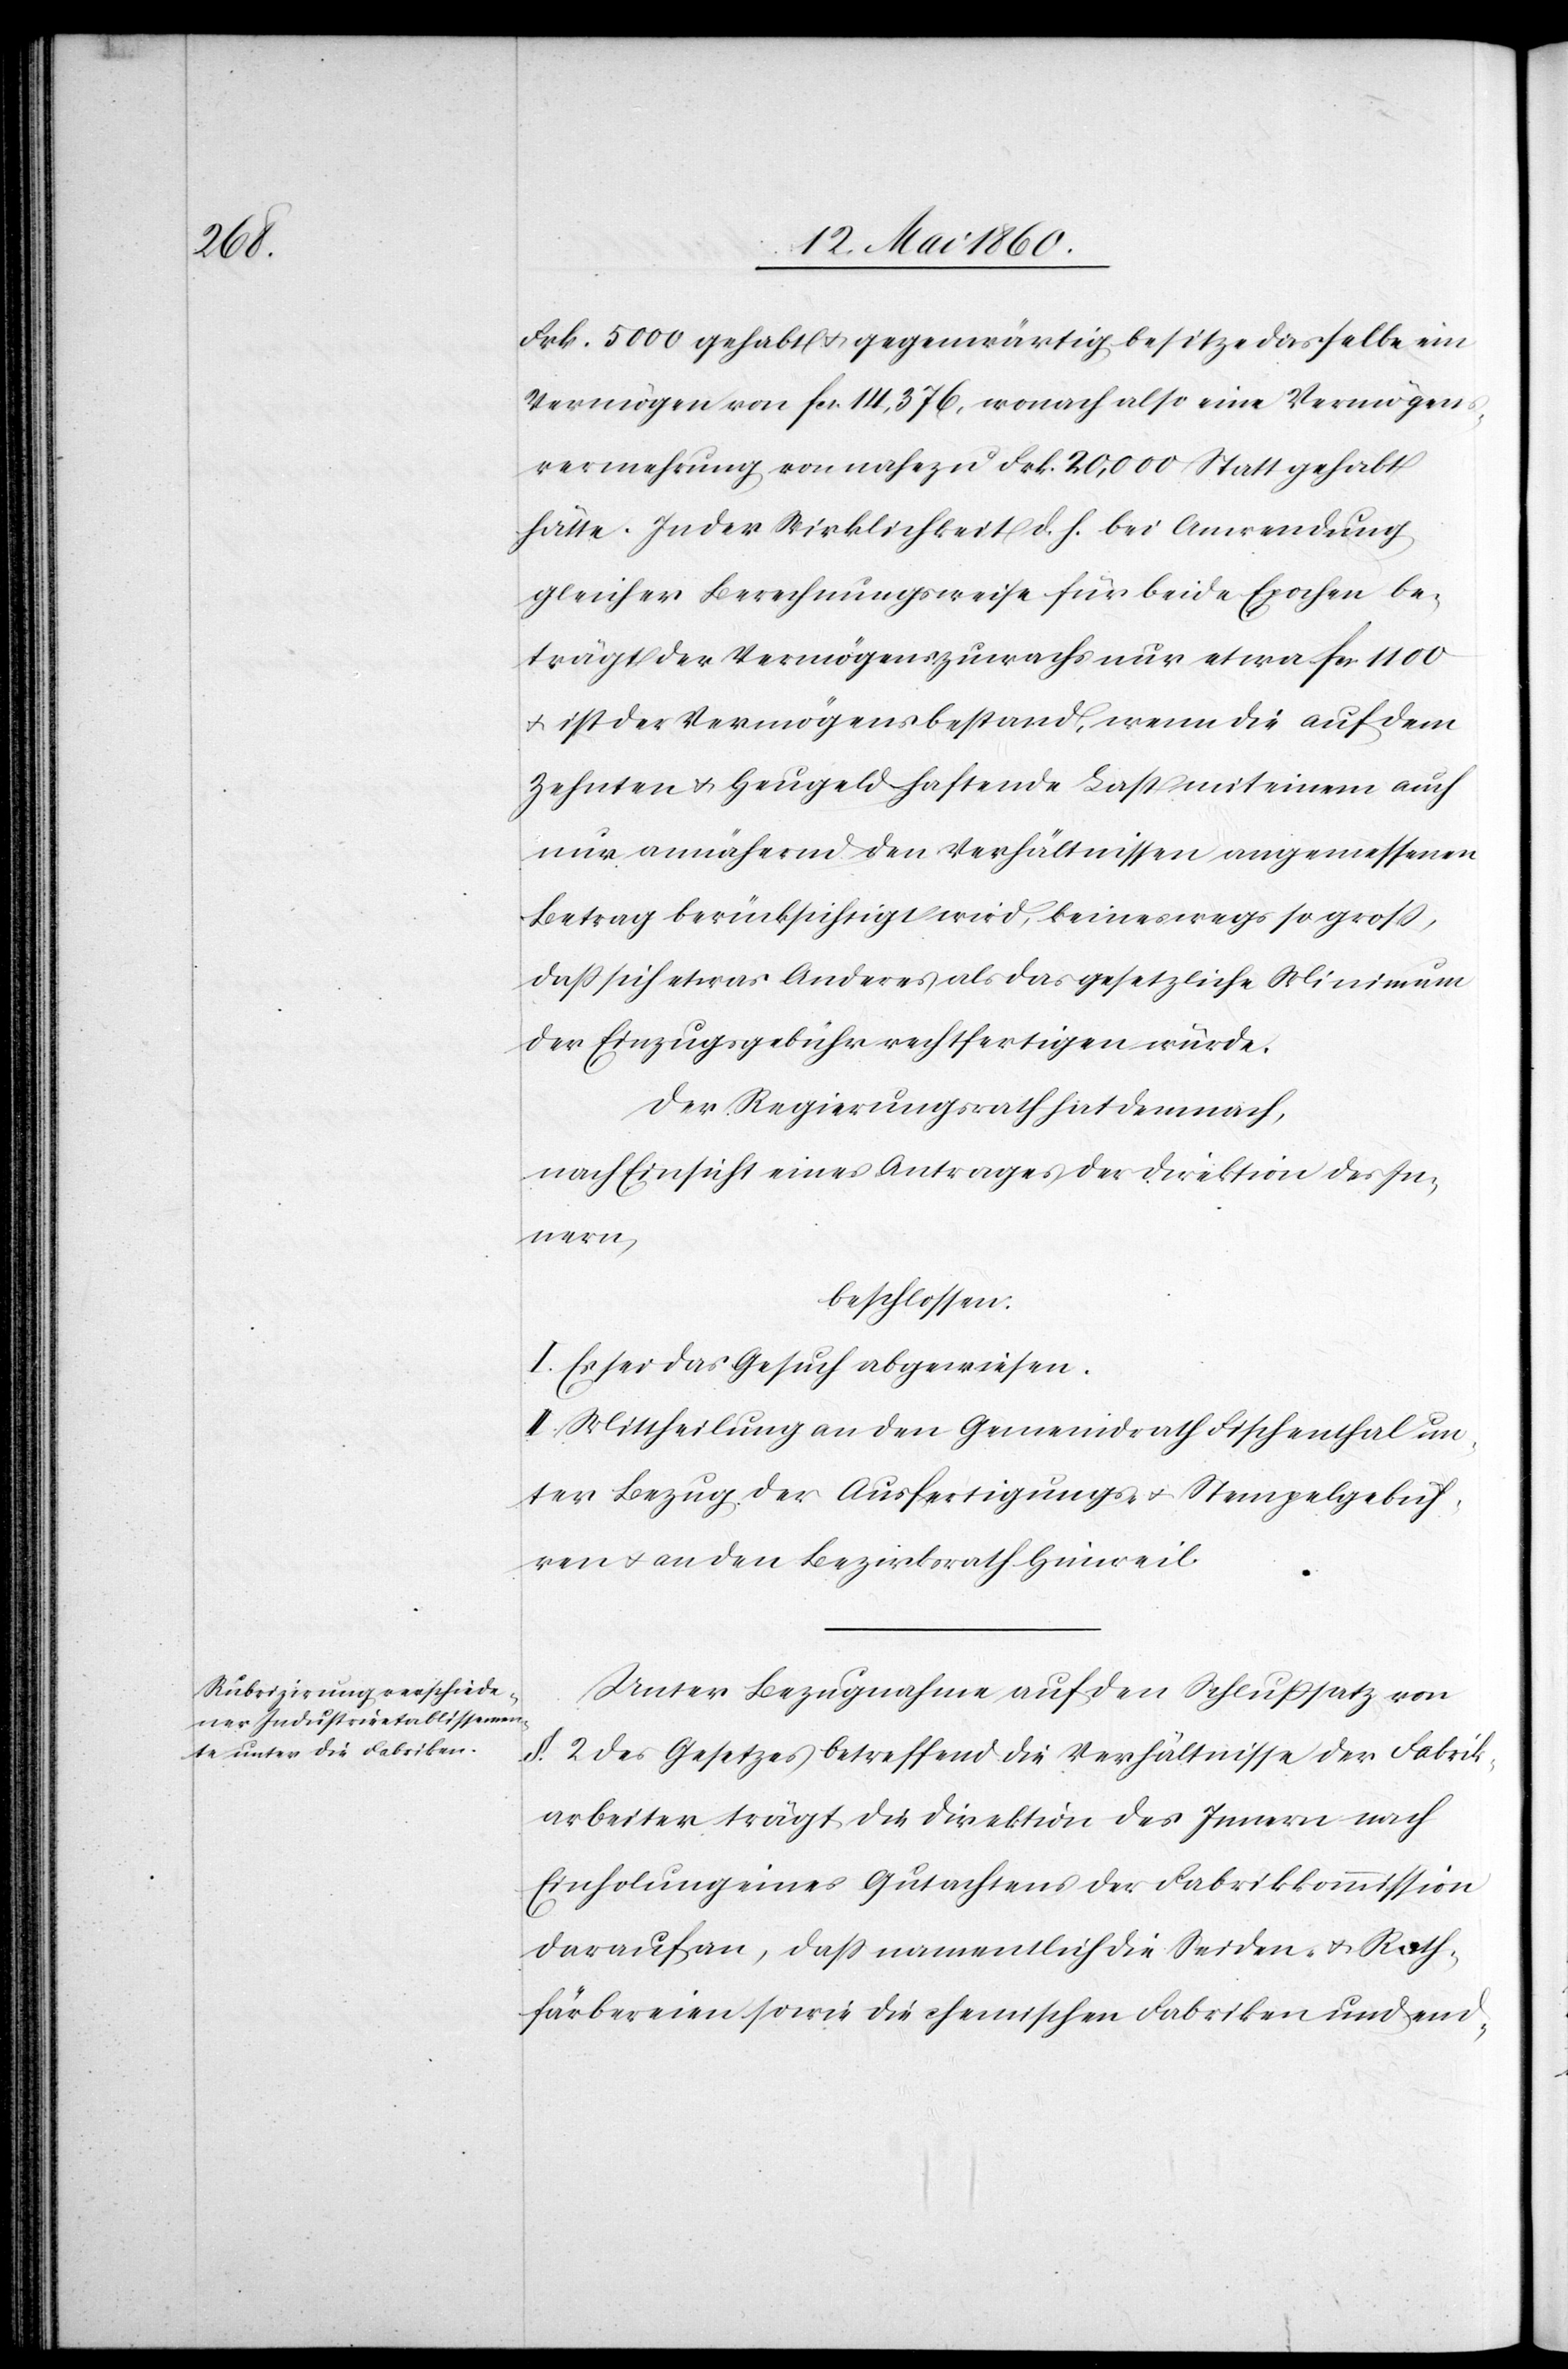
Frk. 5000 gehabt u. gegenwärtig besitze dasselbe ein
Vermögen von fcs. 14,376, wonach also eine Vermögen¬
svermehrung von nahezu Frk. 20,000 Statt gehabt
hätte. In der Wirklichkeit d. h. bei Anwendung
gleicher Berechnungsweise für beide Epochen be¬
trägt der Vermögenszuwachs nur etwa fcs. 1100
u. ist der Vermögensbestand, wenn die auf dem
Zehnten u. Heugeld haftende Last mit einem auch
nur annährend den Verhältnissen angemessenen
Betrag berücksichtigt wird, keineswegs so groß,
dass sich etwas Anderes als das gesetzliche Minimum
der Einzugsgebühr rechtfertigen würde.
Der Regierungsrath hat demnach,
nach Einsicht eines Antrages der Direktion des In¬
nern
beschlossen:
I. Es ist das Gesuch abgewiesen.
II. Mittheilung an den Gemeindrath Fischenthal un¬
ter Bezug der Ausfertigungs- u. Stempelgebüh¬
ren u. an den Bezirksrath Hinweil.
Unter Bezugnahme auf den Schlußsatz von
§. 2. des Gesetzes betreffend die Verhältnisse der Fabrik¬
arbeiter trägt die Direktion des Innern nach
Einholung eines Gutachtens der Fabrikkommission
darauf an, dass namentlich die Seiden- u. Roth¬
färbereien sowie die chemischen Fabriken und end-